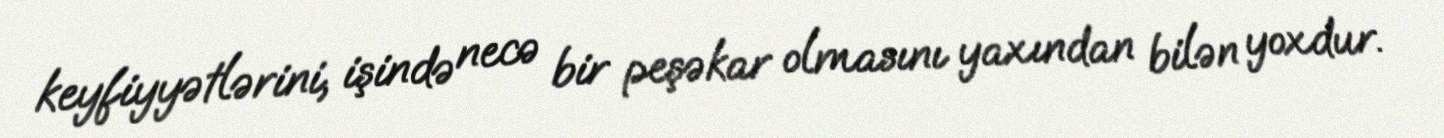
keyfiyyətlərini, işində necə bir peşəkar olmasını yaxından bilən yoxdur.